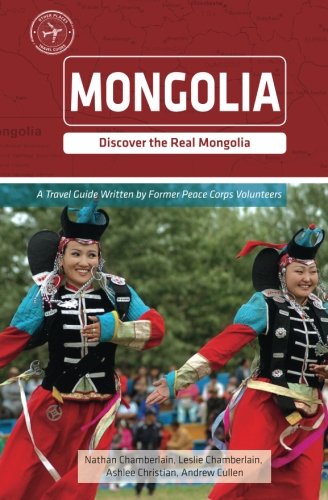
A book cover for Mongolia (Other Places Travel Guide); Nathan Chamberlain; Travel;